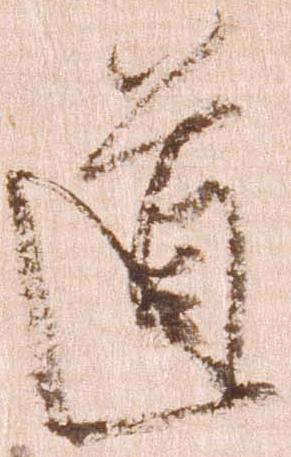
道